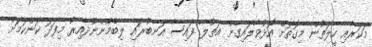
މަކަރާއި ހީލަތުން މިގޮތަށް އޮޅުވާލައިގެން އަތުލާ ފައިސާ އަނބުރައި ލިބެމުންނުދާއިރު މިފަދަ ކަންކަމަށް